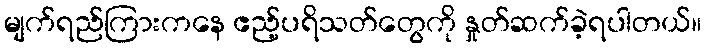
မျက်ရည်ကြားကနေ ဧည့်ပရိသတ်တွေကို နှုတ်ဆက်ခဲ့ရပါတယ်။